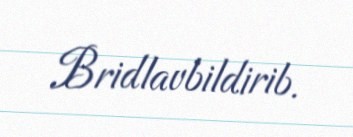
Bridlavbildirib.